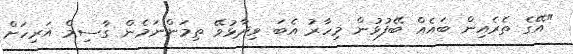
"އޭގެ ތެރެއިން ބައެއް ބޭފުޅުން މިހާރު އެބަ ވިދާޅުވޭ ތިމަންނަމެން ގާސިމް އަރިހަށް